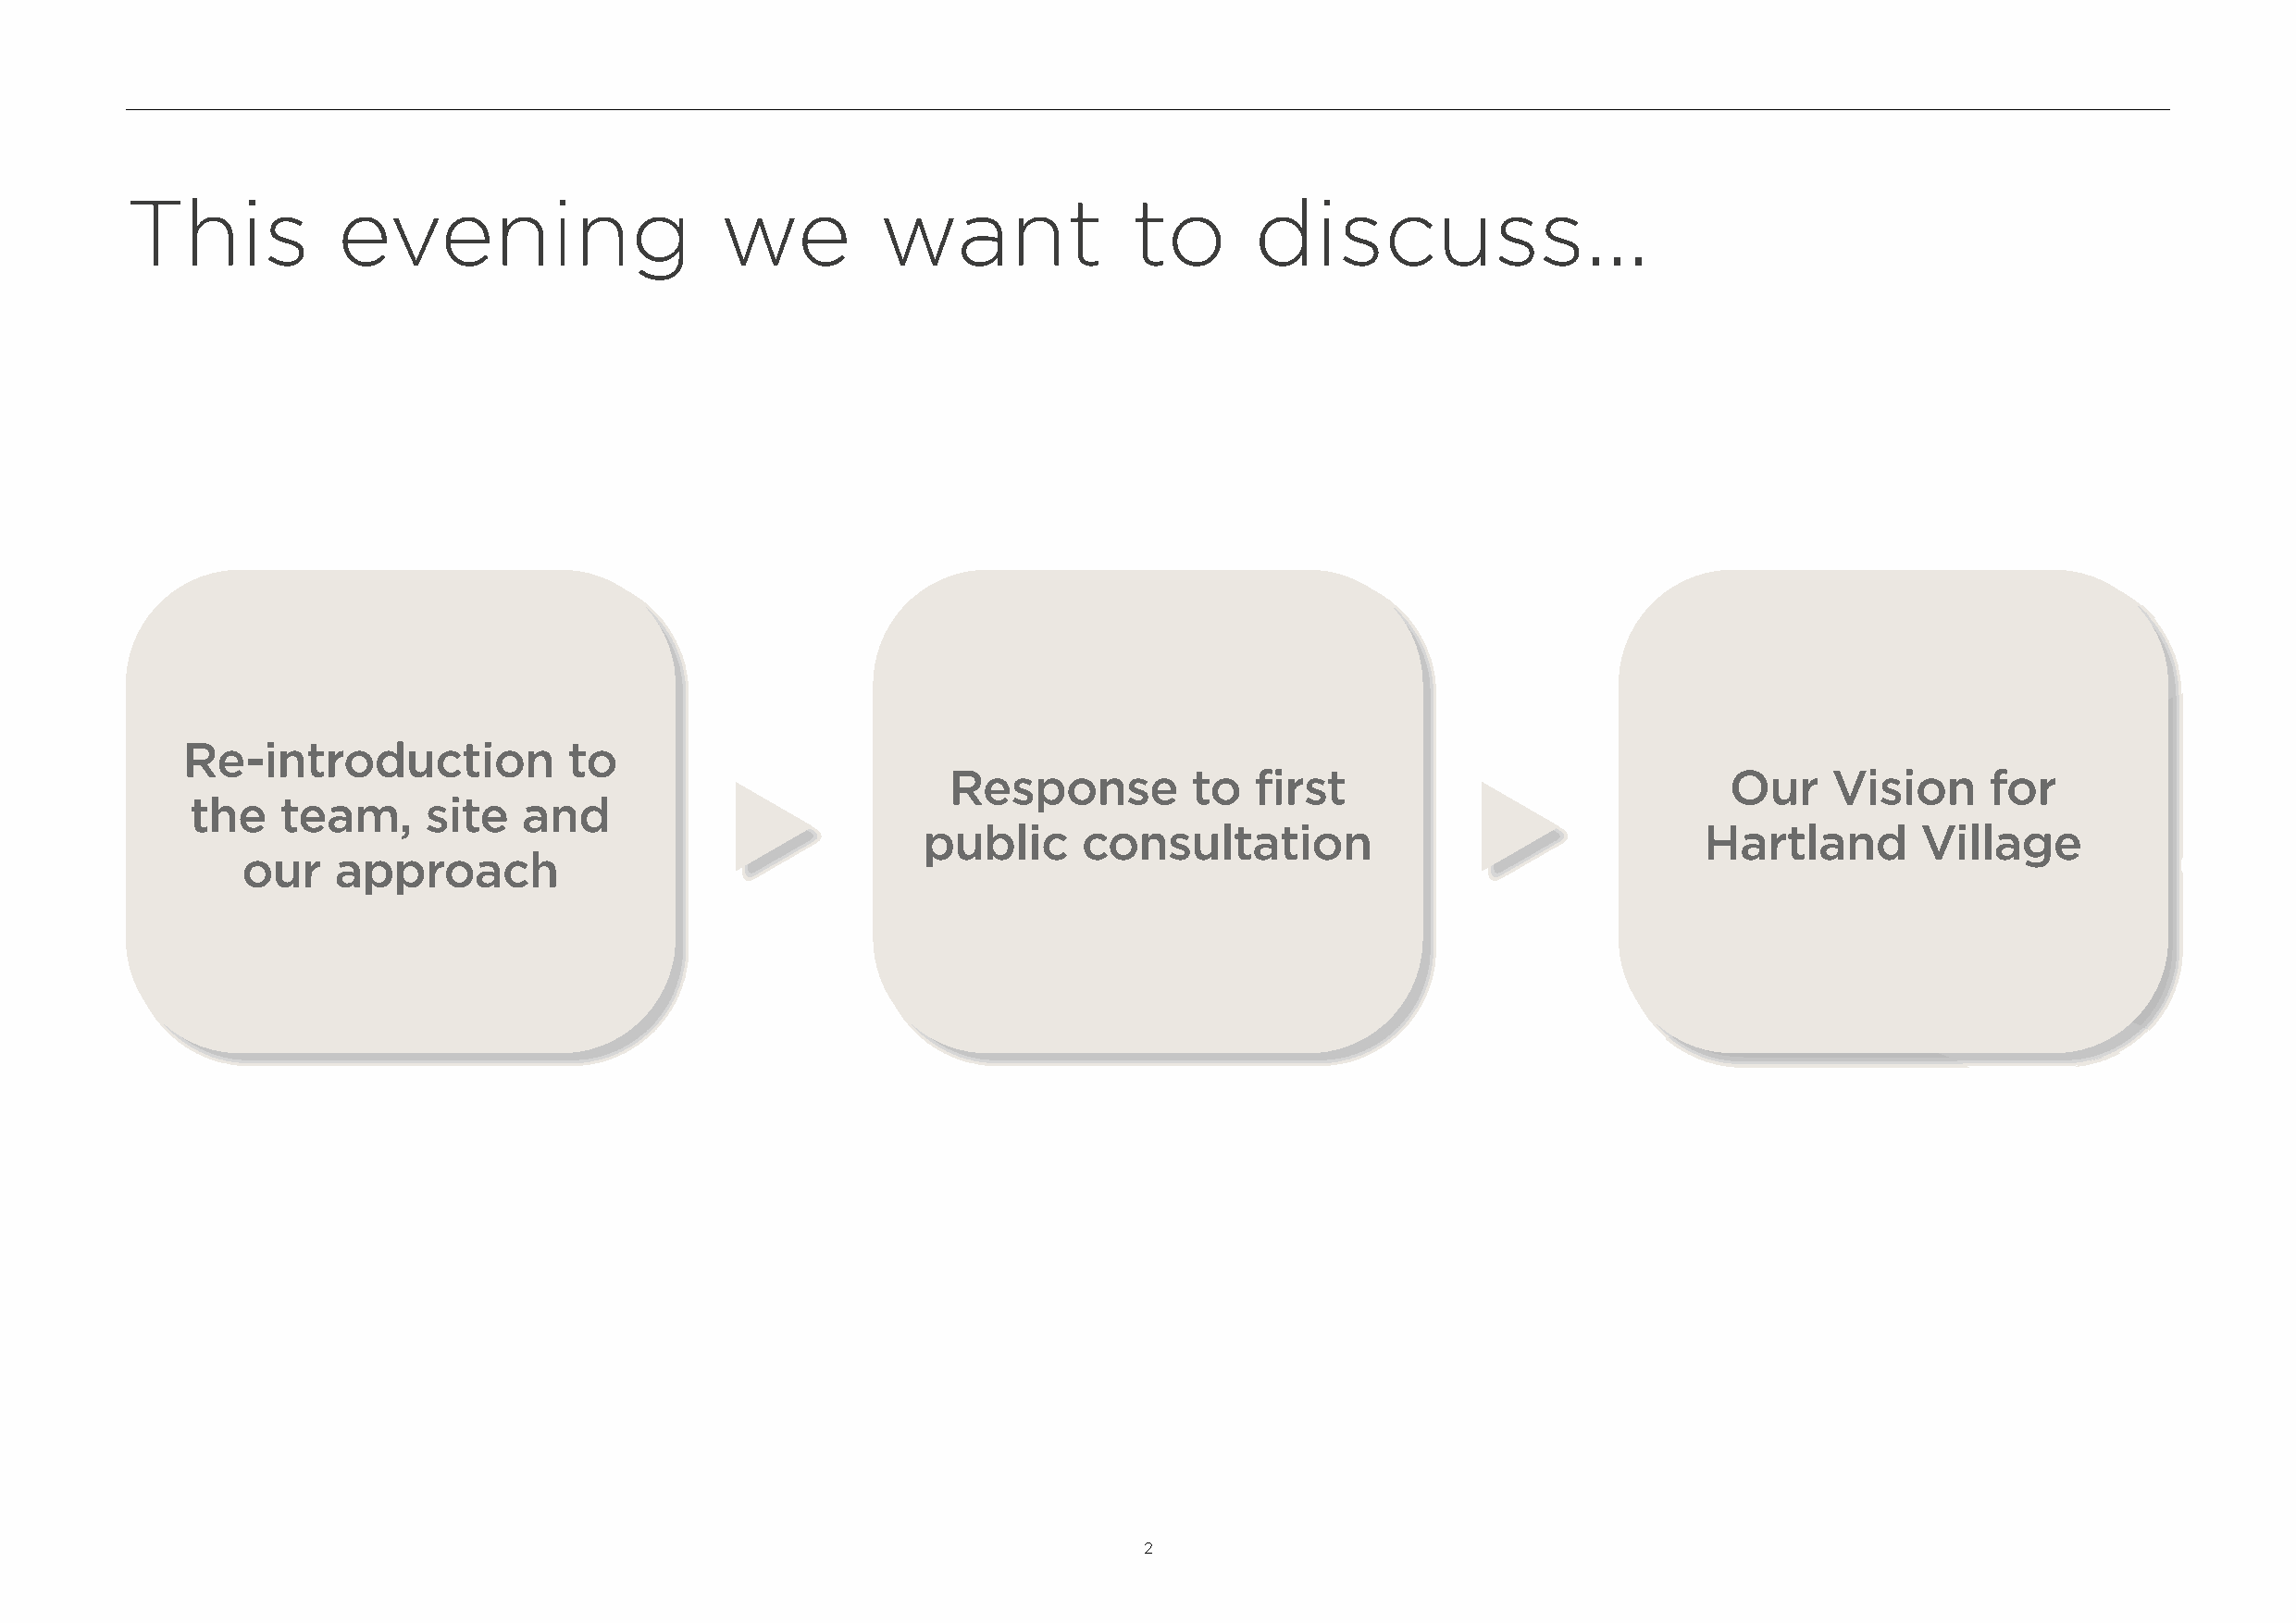
This           evening                    we          want              to       discuss...
 Re-introduction             to
 Response         to   first                             Our    Vision     for
 the   team,     site   and
 public     consultation                                 Hartland       Village
 our    approach
 2